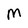
Character: M